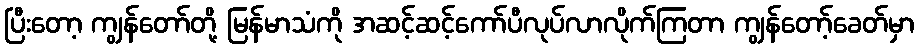
ပြီးတော့ ကျွန်တော်တို့ မြန်မာသံကို အဆင့်ဆင့်ကော်ပီလုပ်လာလိုက်ကြတာ ကျွန်တော့်ခေတ်မှာ